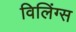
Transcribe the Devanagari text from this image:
विलिंग्स